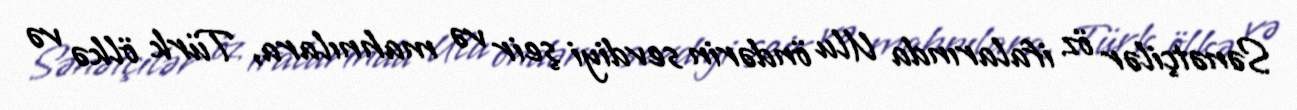
Sənətçilər öz ifalarında Ulu öndərin sevdiyi şeir və mahnılara, Türk ölkə və